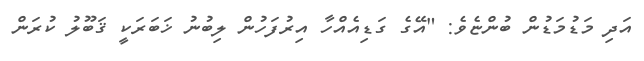
އަދި މަޑުމަޑުން ބުންޏެވެ: "އޭގެ ގަޑިއެއްހާ އިރުފަހުން ލިބުނު ޚަބަރަކީ ޤަބޫލު ކުރަން